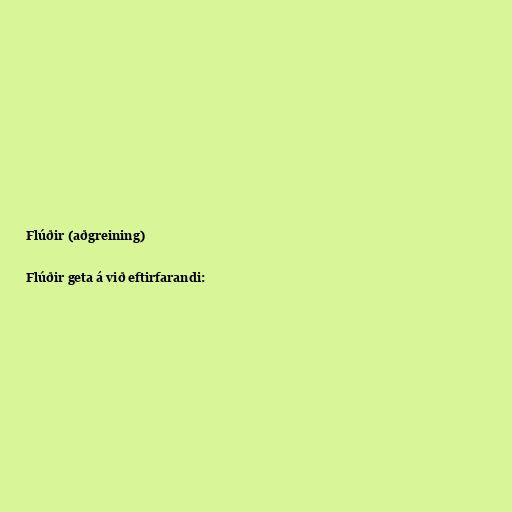
Flúðir (aðgreining)

Flúðir geta á við eftirfarandi: